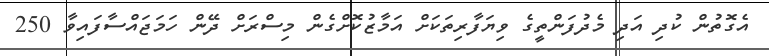
އެގޮތުން ކުދި އަދި މެދުފަންތީގެ ވިޔަފާރިތަކަށް އަމާޒުކޮށްގެން މިސްރަށް ދޭން ހަމަޖައްސާފައިވާ 250